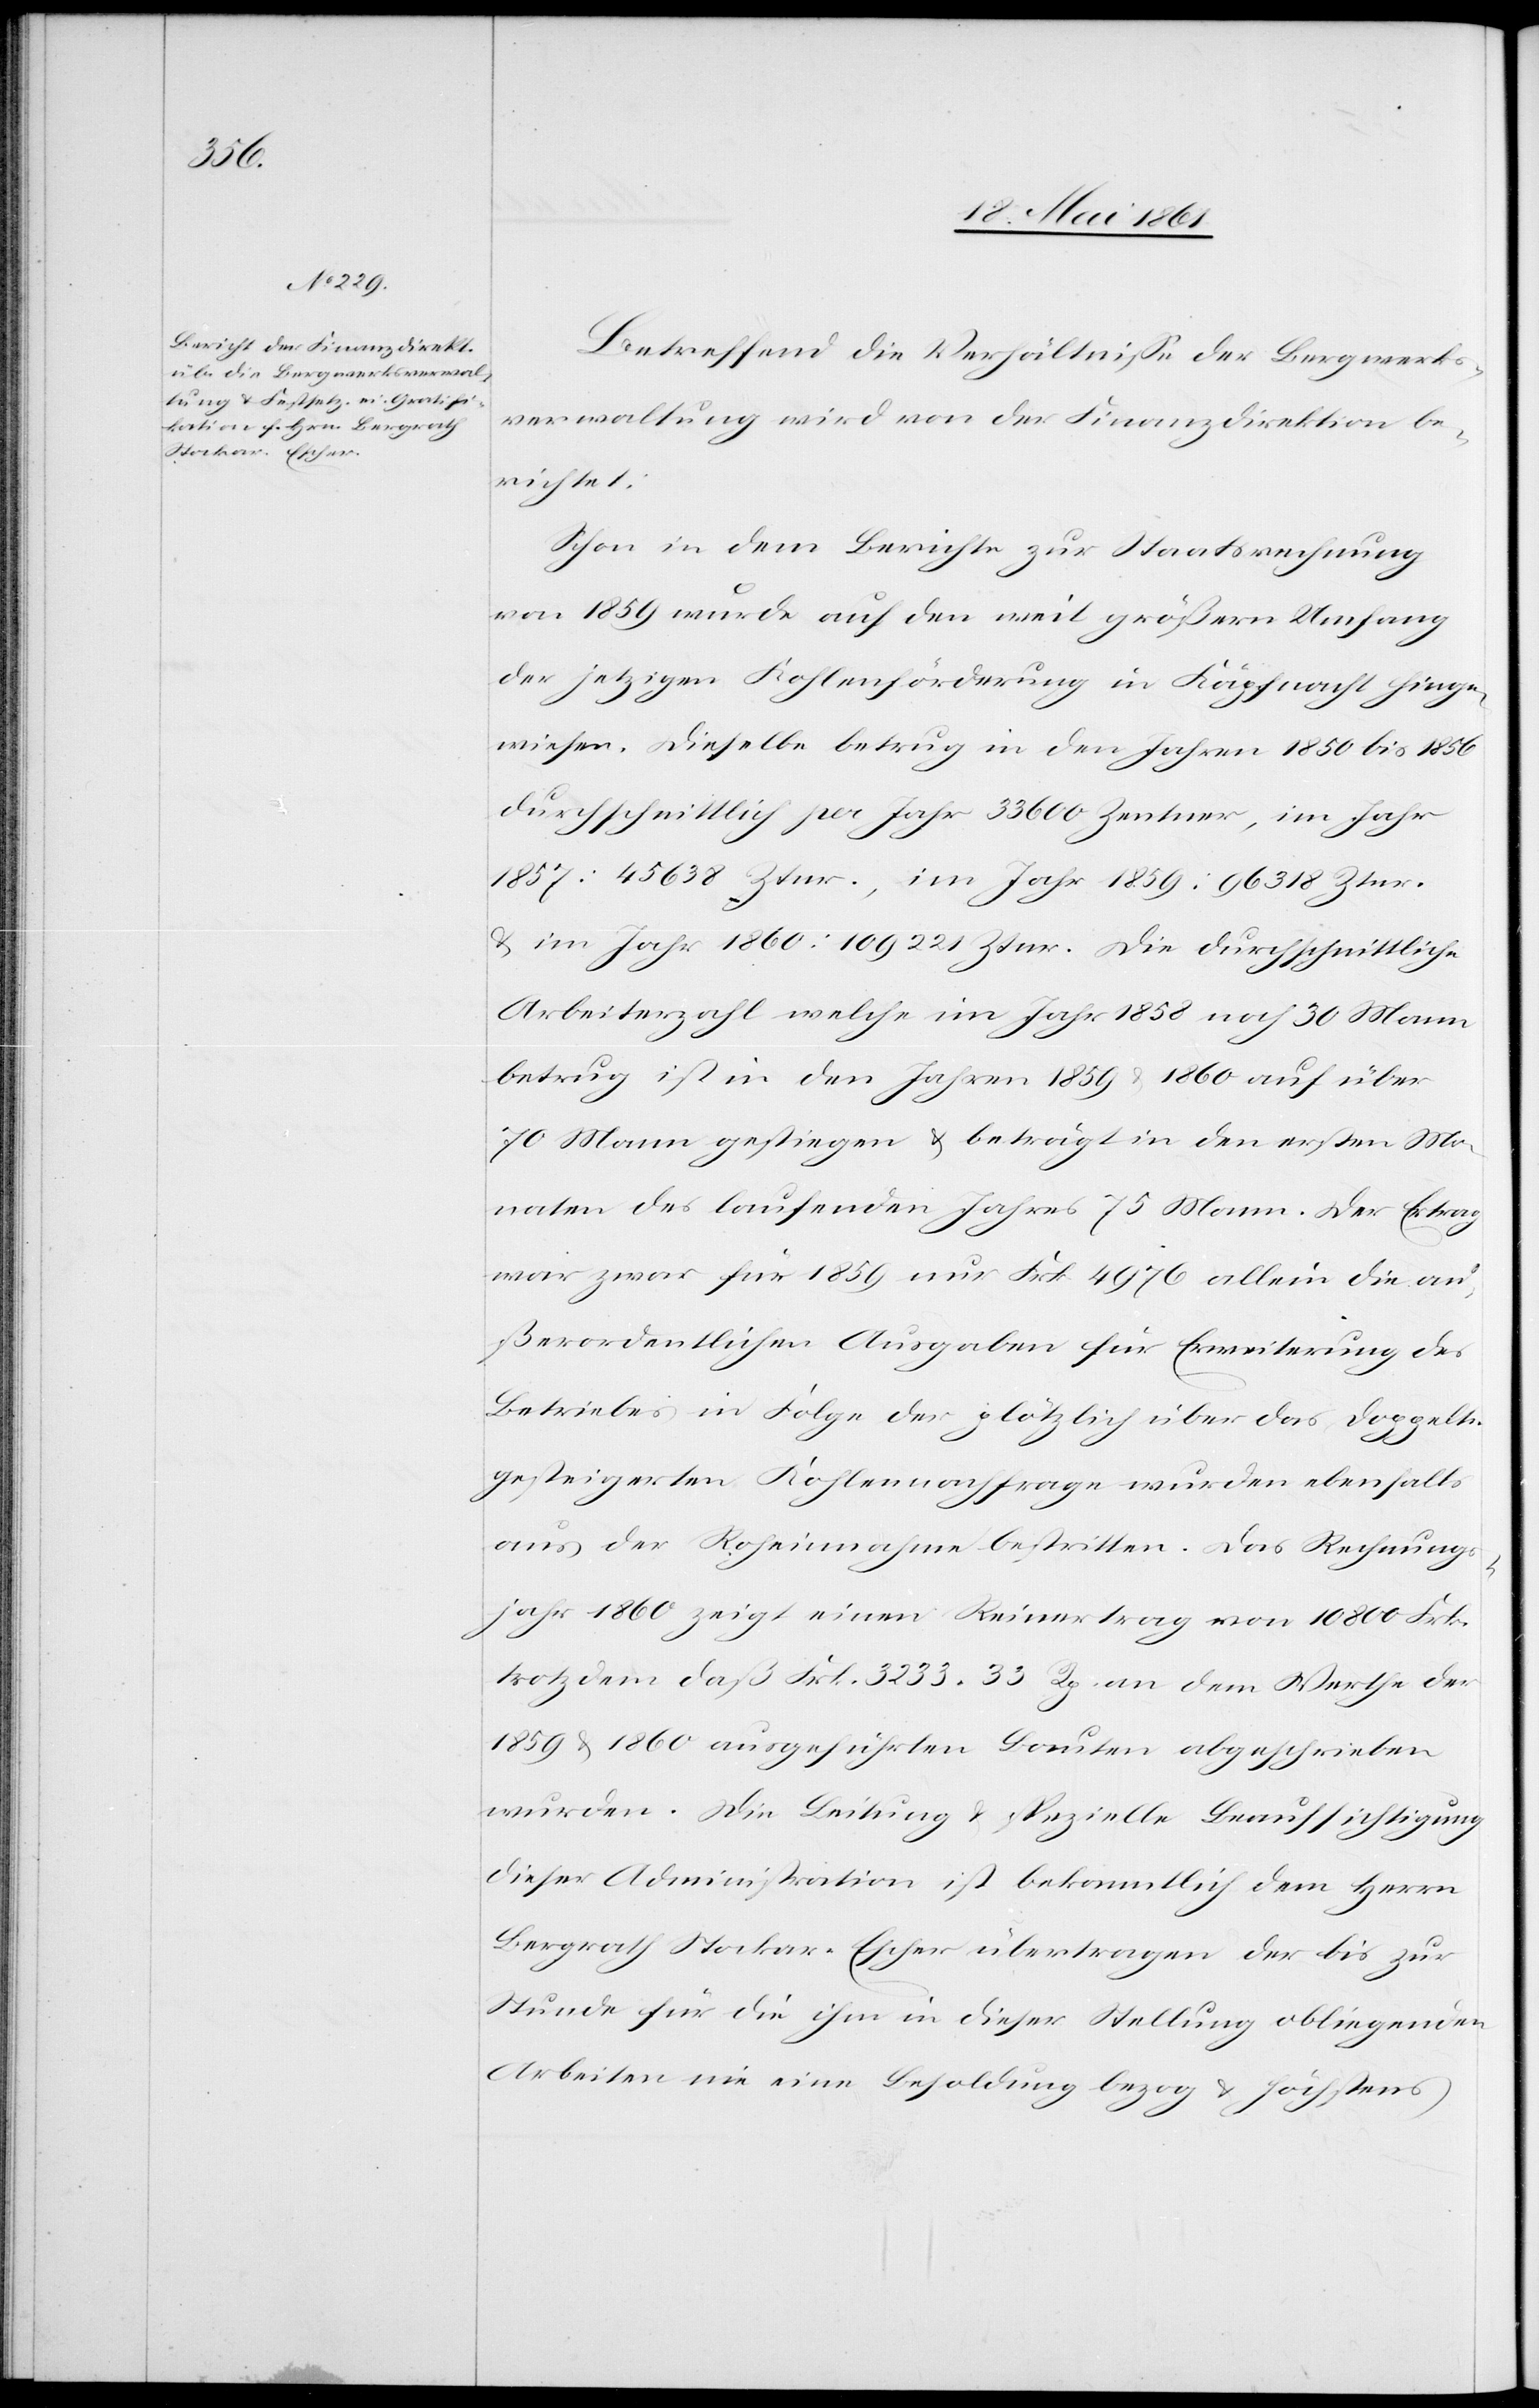
Rechnung¬

Betreffend die Verhältnisse der Bergwerks¬
verwaltung wird von der Finanzdirektion be¬
richtet:
Schon in dem Berichte zur Staatsrechnung
von 1859 wurde auf den weit größern Umfang
der jetzigen Kohlenförderung in Käpfnach hinge¬
wiesen. Dieselbe betrug in den Jahren 1850 bis 1856
durchschnittlich per Jahr 33 600 Zentner, im Jahr
1857: 45 638 Ztnr., im Jahr 1859: 96 318 Ztnr.
u. im Jahr 1860: 109 221 Ztnr. Die durchschnittliche
Arbeiterzahl welche im Jahr 1858 noch 30 Mann
betrug ist in den Jahren 1859 u. 1860 auf über
70 Mann gestiegen u. beträgt in den ersten Mo¬
naten des laufenden Jahres 75 Mann. Der Ertrag
war zwar für 1859 nur Frk. 4976 allein die au¬
ßerordentlichen Ausgaben für Erweiterung des
Betriebes in Folge der plötzlich über das Doppelte
gesteigerten Kohlennachfrage wurden ebenfalls
sjahr 1860 zeigt einen Reinertrag von 10 800 Frk.
trotzdem daß Frk. 3233 33 Rp. an dem Werthe der
1859 u. 1860 ausgeführten Bauten abgeschrieben
wurden. Die Leitung u. spezielle Beaufsichtigung
dieser Administration ist bekanntlich dem Herrn
Bergrath Stockar-Escher übertragen der bis zur
Stunde für die ihm in dieser Stellung obliegenden
Arbeiten nie eine Besoldung bezog u. höchstens